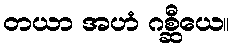
တယာ အဟံ ဂစ္ဆီယေ။